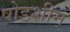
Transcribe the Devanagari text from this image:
षोडशीम्